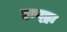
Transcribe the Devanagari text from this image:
हाय्ड्रा